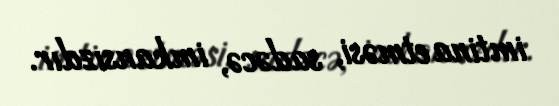
imtina etməsi, sadəcə, imkansızdır.